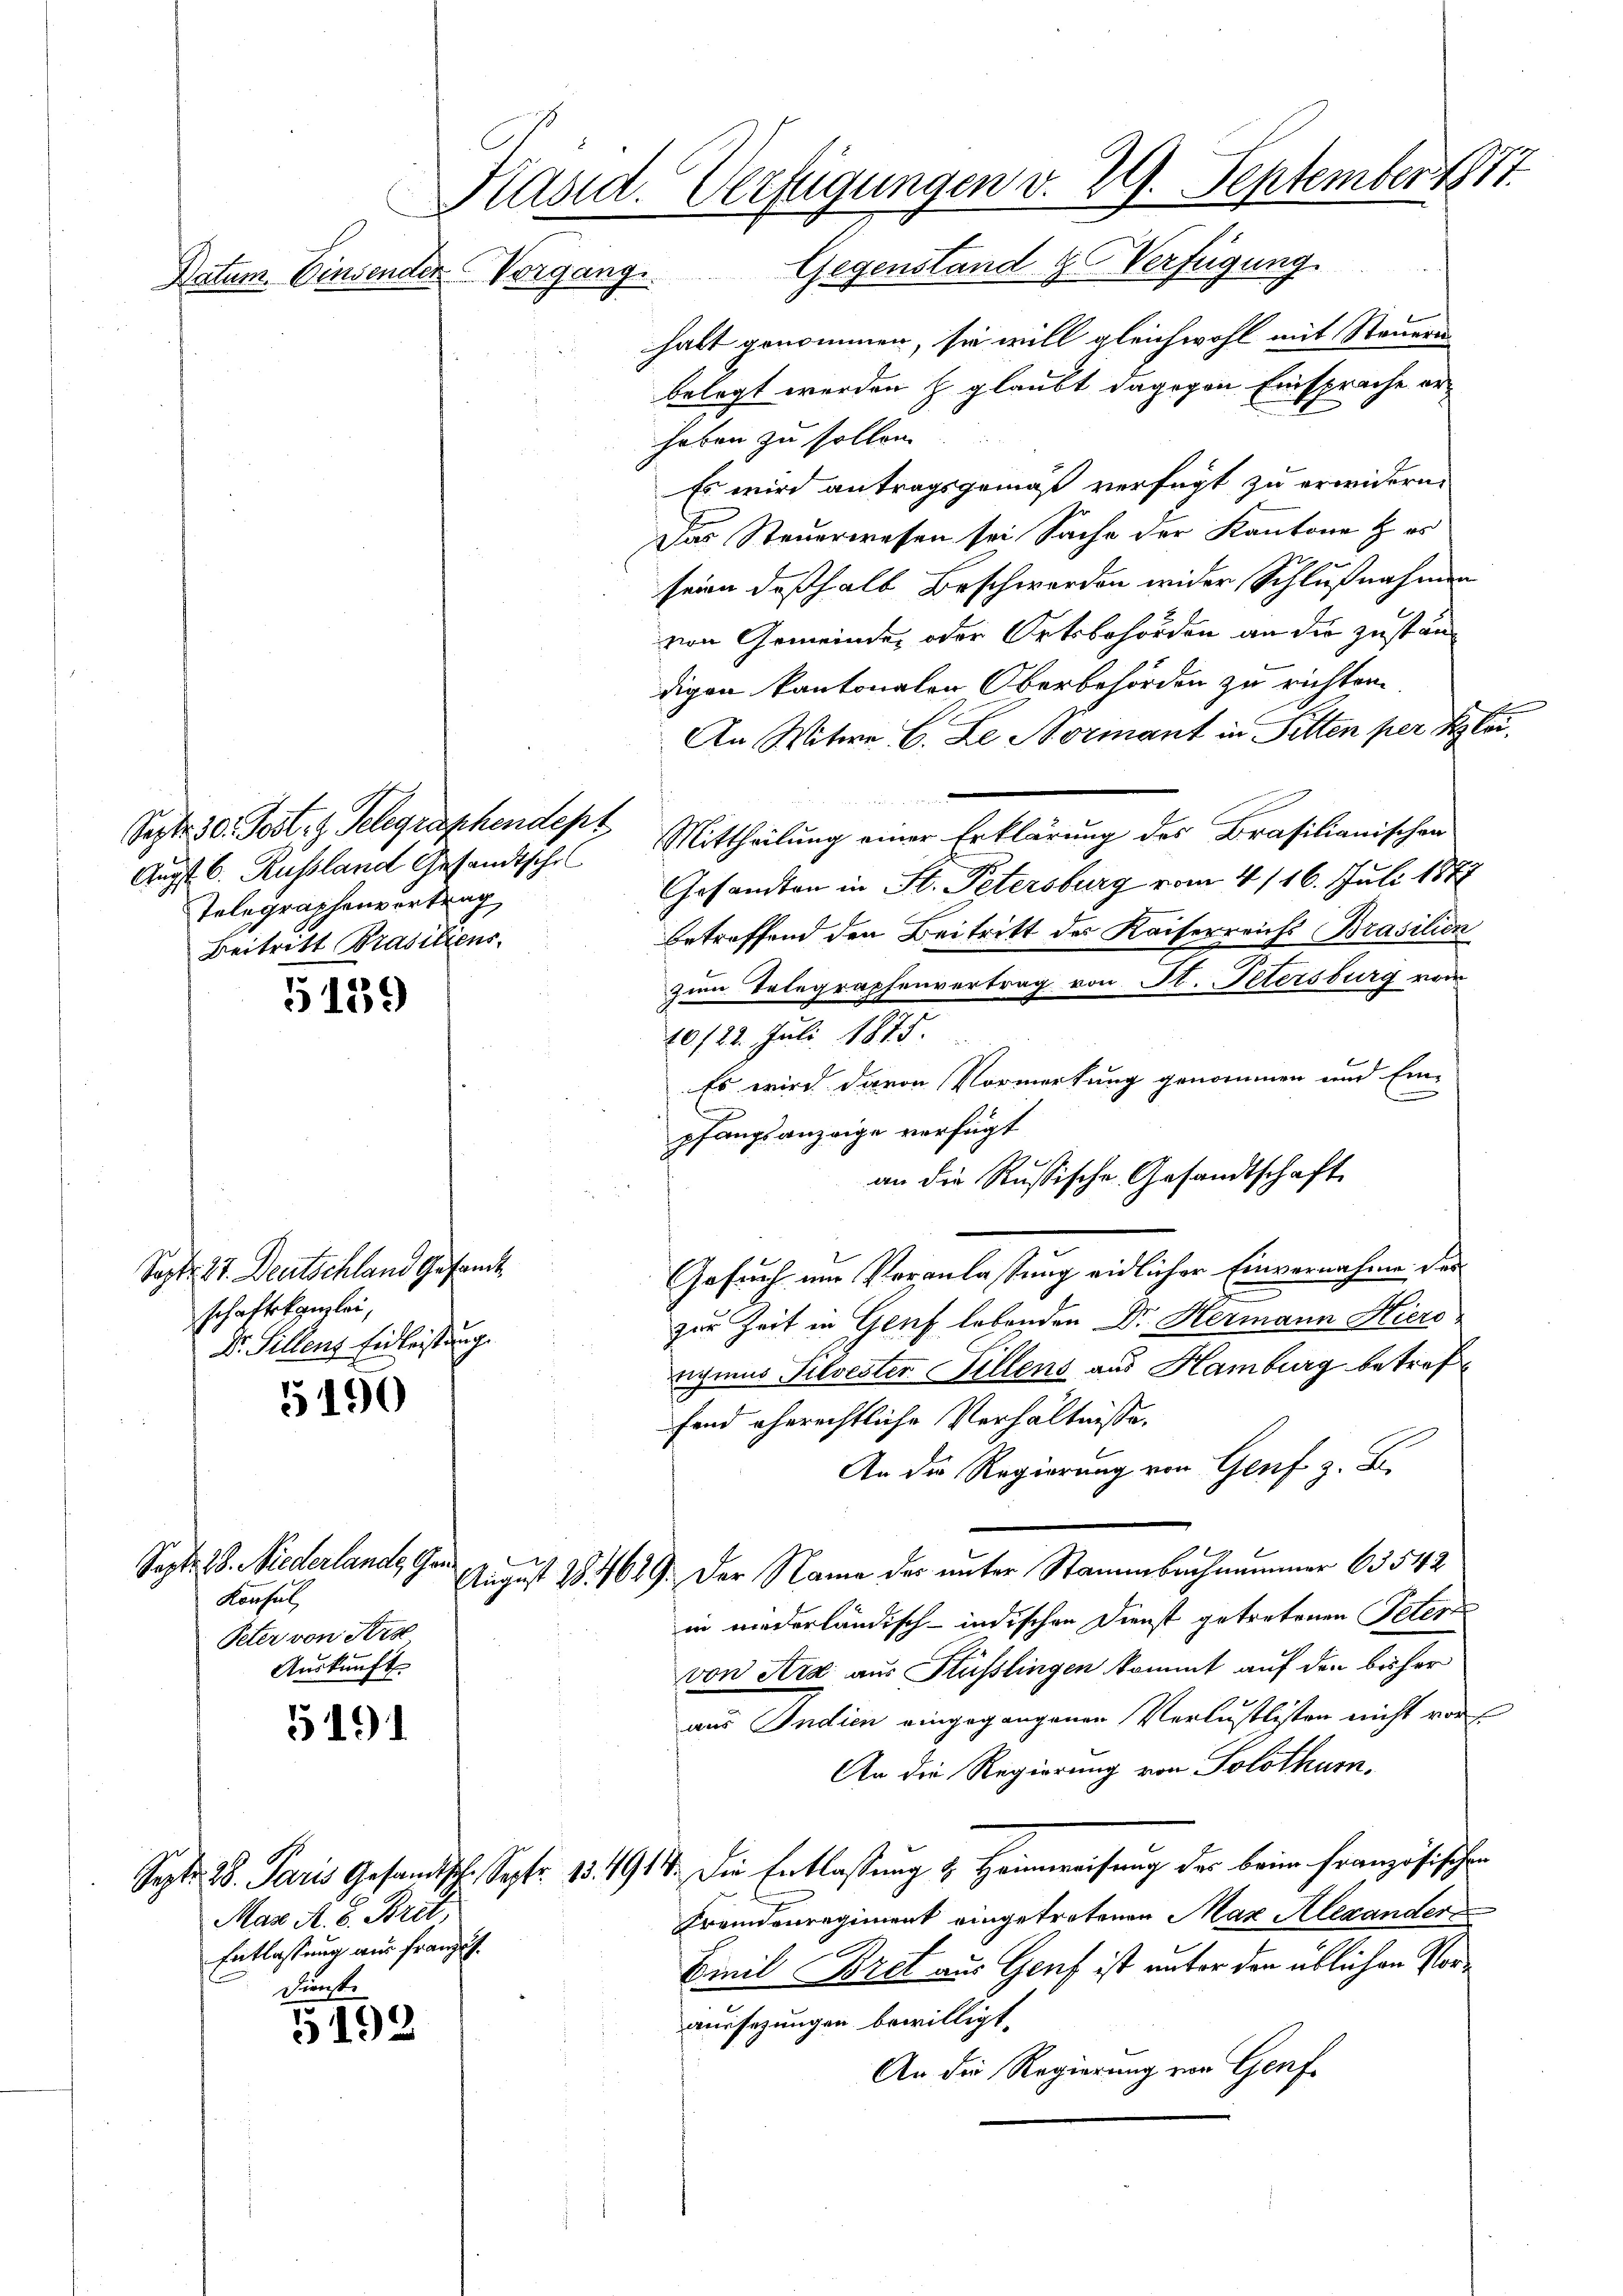
Sept. 28. Niederlande Gen

Präsid. Verfügungen v. 29. September 1811.
Datum. Einsender Vorgang. Gegenstand Verfügung

Sept. 30. Jost, z. Telegraphendept
Telegraphenvortrag
Beitritt Prasiliens.

Togt 27. Deutschland Gesandt
schaftskanzlei,
Dr. Sillenz Einleistung.

Konsul

5139

55190

Peter von Frs
Auskunft

5191

Max A. B. Brit,
Entlassung aus franzis
Dienste

5192

halt genommen, sie will gleichwohl mit Steuern
belegt werden z glaubt dagegen Einsprache erhaben zu sollen
Es wird antragsgemäß verfügt zu erwidern.
Das Steuerwesen sei Sache der Kantone & es
seine deßhalb Beschwerden wider Schlußnahmen
von Gemeinde, oder Ortsbehörden an die Zuständigen kantonalen Oberbehörden zu richten.
An Witwe C. Le Normant in Sitten per Klei¬
Augst. C. Russland Gesandtsche Mittheilung einer Erklärung des Brasilianischen.
Gesandten in St. Petersburg vom 4/16. Juli 1877
betreffend den Beitritt des Kaiserreichs Brasilien
zum Telegraphenvertrag von St. Petersburg vom
10/22. Juli 1875.
Es wird davon Vormerkung genommen und Ein-
pfangsanzeige verfügt
Gesuch um Veranlassung eidlicher Einvernahme des
zur Zeit in Genf lebenden Dr. Hermann Hiero
ngius Tilvester Billens aus Hamburg betreffend eherechtliche Verhältnisse.
An die Regierung von Genf z. B.
August 184629. Der Name des unter Stammbachnammer 63542
in niederländisch-indischen Dienst getretenen Peter
von Arx aus Küßlingen kommt auf den bisher
aus Indien eingegangenen Verlustlisten nicht vor
An die Regierung von Solothurn,
Sept. 28. Paris Gesandtsch. Sept. 13. 1914. Die Entlassung & Heimweisung der beim Französischen
Fremdenregiment eingetretenen Max Alexander
Binil Bret aus Genf ist unter den üblichen Voraussezungen bewilligt.
An die Regierung von Genf

an die Rußische Gesandtschaft